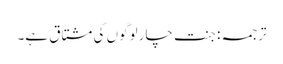
ترجمہ : جنت چار لوگوں کی مشتاق ہے۔